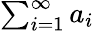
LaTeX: \textstyle\sum_{i=1}^{\infty}a_{i}